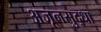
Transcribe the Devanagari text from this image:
अजूनसुद्धा